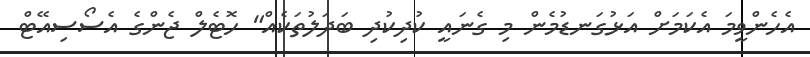
އެހެންވީމަ އެކަމަށް އަޅުގަނޑުމެން މި ގެނައީ ކުދިކުދި ބަދަލުތަކެއް" ހޮޓެލް ޖެންގެ އެސޯސިއޭޓް